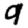
Digit: 9